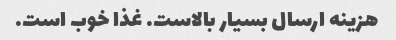
هزینه ارسال بسیار بالاست. غذا خوب است.